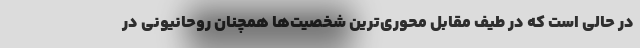
در حالی است که در طیف مقابل محوری‌ترین شخصیت‌ها همچنان روحانیونی در